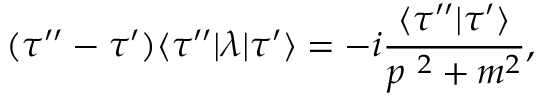
( \tau ^ { \prime \prime } - \tau ^ { \prime } ) \langle \tau ^ { \prime \prime } | \lambda | \tau ^ { \prime } \rangle = - i { \frac { \langle \tau ^ { \prime \prime } | \tau ^ { \prime } \rangle } { p ^ { \ 2 } + m ^ { 2 } } } ,